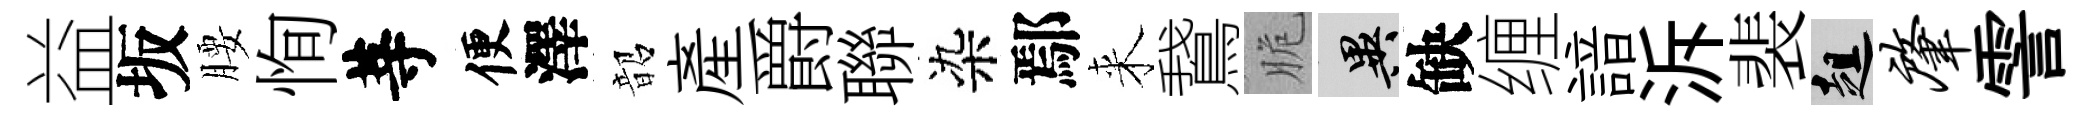
益坂腰恂䓁便澤韶産爵聯染鄢来鵞脆异缺缠諳泝裴趄肇霅